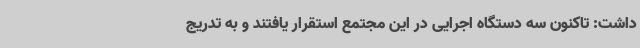
داشت: تاکنون سه دستگاه اجرایی در این مجتمع استقرار یافتند و به تدریج